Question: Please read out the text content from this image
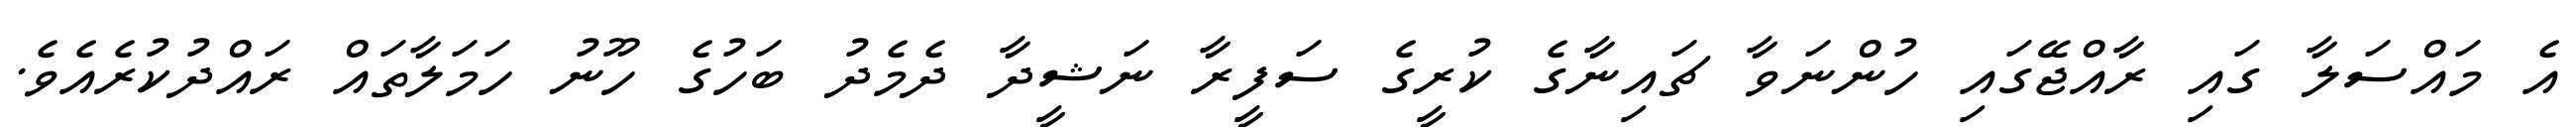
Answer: އެ މައްސަލާ ގައި ރާއްޖޭގައި ހުންނަވާ ޗައިނާގެ ކުރީގެ ސަފީރާ ނަޝީދާ ދެމެދު ބަހުގެ ހޫނު ހަމަލާތައް ރައްދުކުރެއެވެ.